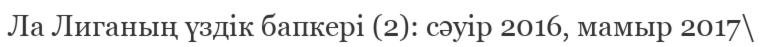
Ла Лиганың үздік бапкері (2): сәуір 2016, мамыр 2017\